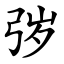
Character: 㢷